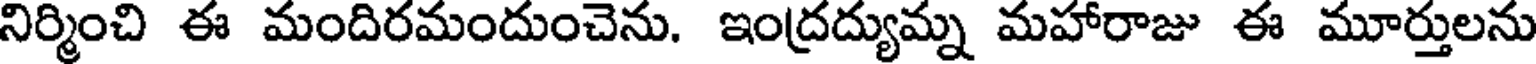
నిర్మించి ఈ మందిరమందుంచెను. ఇంద్రద్యుమ్న మహారాజు ఈ మూర్తులను